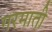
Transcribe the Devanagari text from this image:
गरमाती